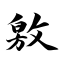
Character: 敫